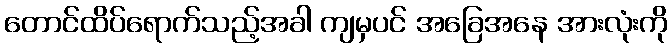
တောင်ထိပ်ရောက်သည့်အခါ ကျမှပင် အခြေအနေ အားလုံးကို